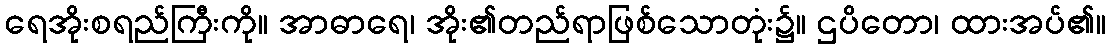
ရေအိုးစရည်ကြီးကို။ အာဓာရေ၊ အိုး၏တည်ရာဖြစ်သောတုံး၌။ ဌပိတော၊ ထားအပ်၏။